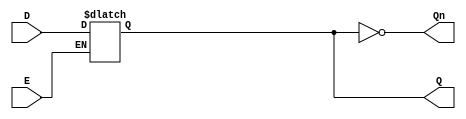
module GatedDLatch (
    input wire D,      // Data input
    input wire E,      // Enable signal
    output reg Q,      // Output
    output wire Qn     // Complement of Q
);

// Complement of Q
assign Qn = ~Q;

// Always block to implement the latch behavior
always @(*) begin
    if (E) begin
        Q = D;  // When Enable is HIGH, Q follows D
    end
    // When E is LOW, Q retains its last value (hold state)
end

endmodule